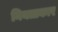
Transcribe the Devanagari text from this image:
नियताकार